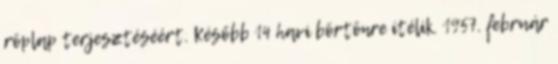
röplap terjesztéséért. Később 14 havi börtönre ítélik. 1957. február